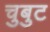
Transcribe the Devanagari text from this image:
चुबुट